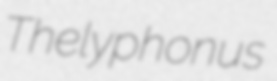
Thelyphonus